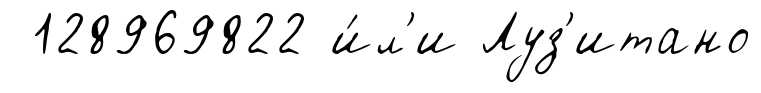
128969822 и́л'и Луз'итано